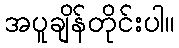
အပူချိန်တိုင်းပါ။